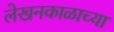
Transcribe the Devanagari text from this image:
लेखनकाळाच्या